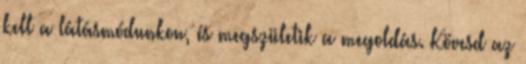
kell a látásmódunkon, és megszületik a megoldás. Kövesd az